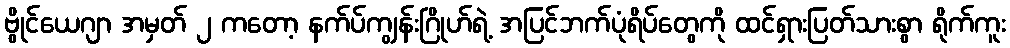
ဗွိုင်ယေဂျာ အမှတ် ၂ ကတော့ နက်ပ်ကျွန်းဂြိုဟ်ရဲ့ အပြင်ဘက်ပုံရိပ်တွေကို ထင်ရှားပြတ်သားစွာ ရိုက်ကူး